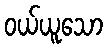
ဝယ်ယူသော